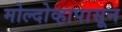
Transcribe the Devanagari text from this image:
मोल्दोव्हापासून